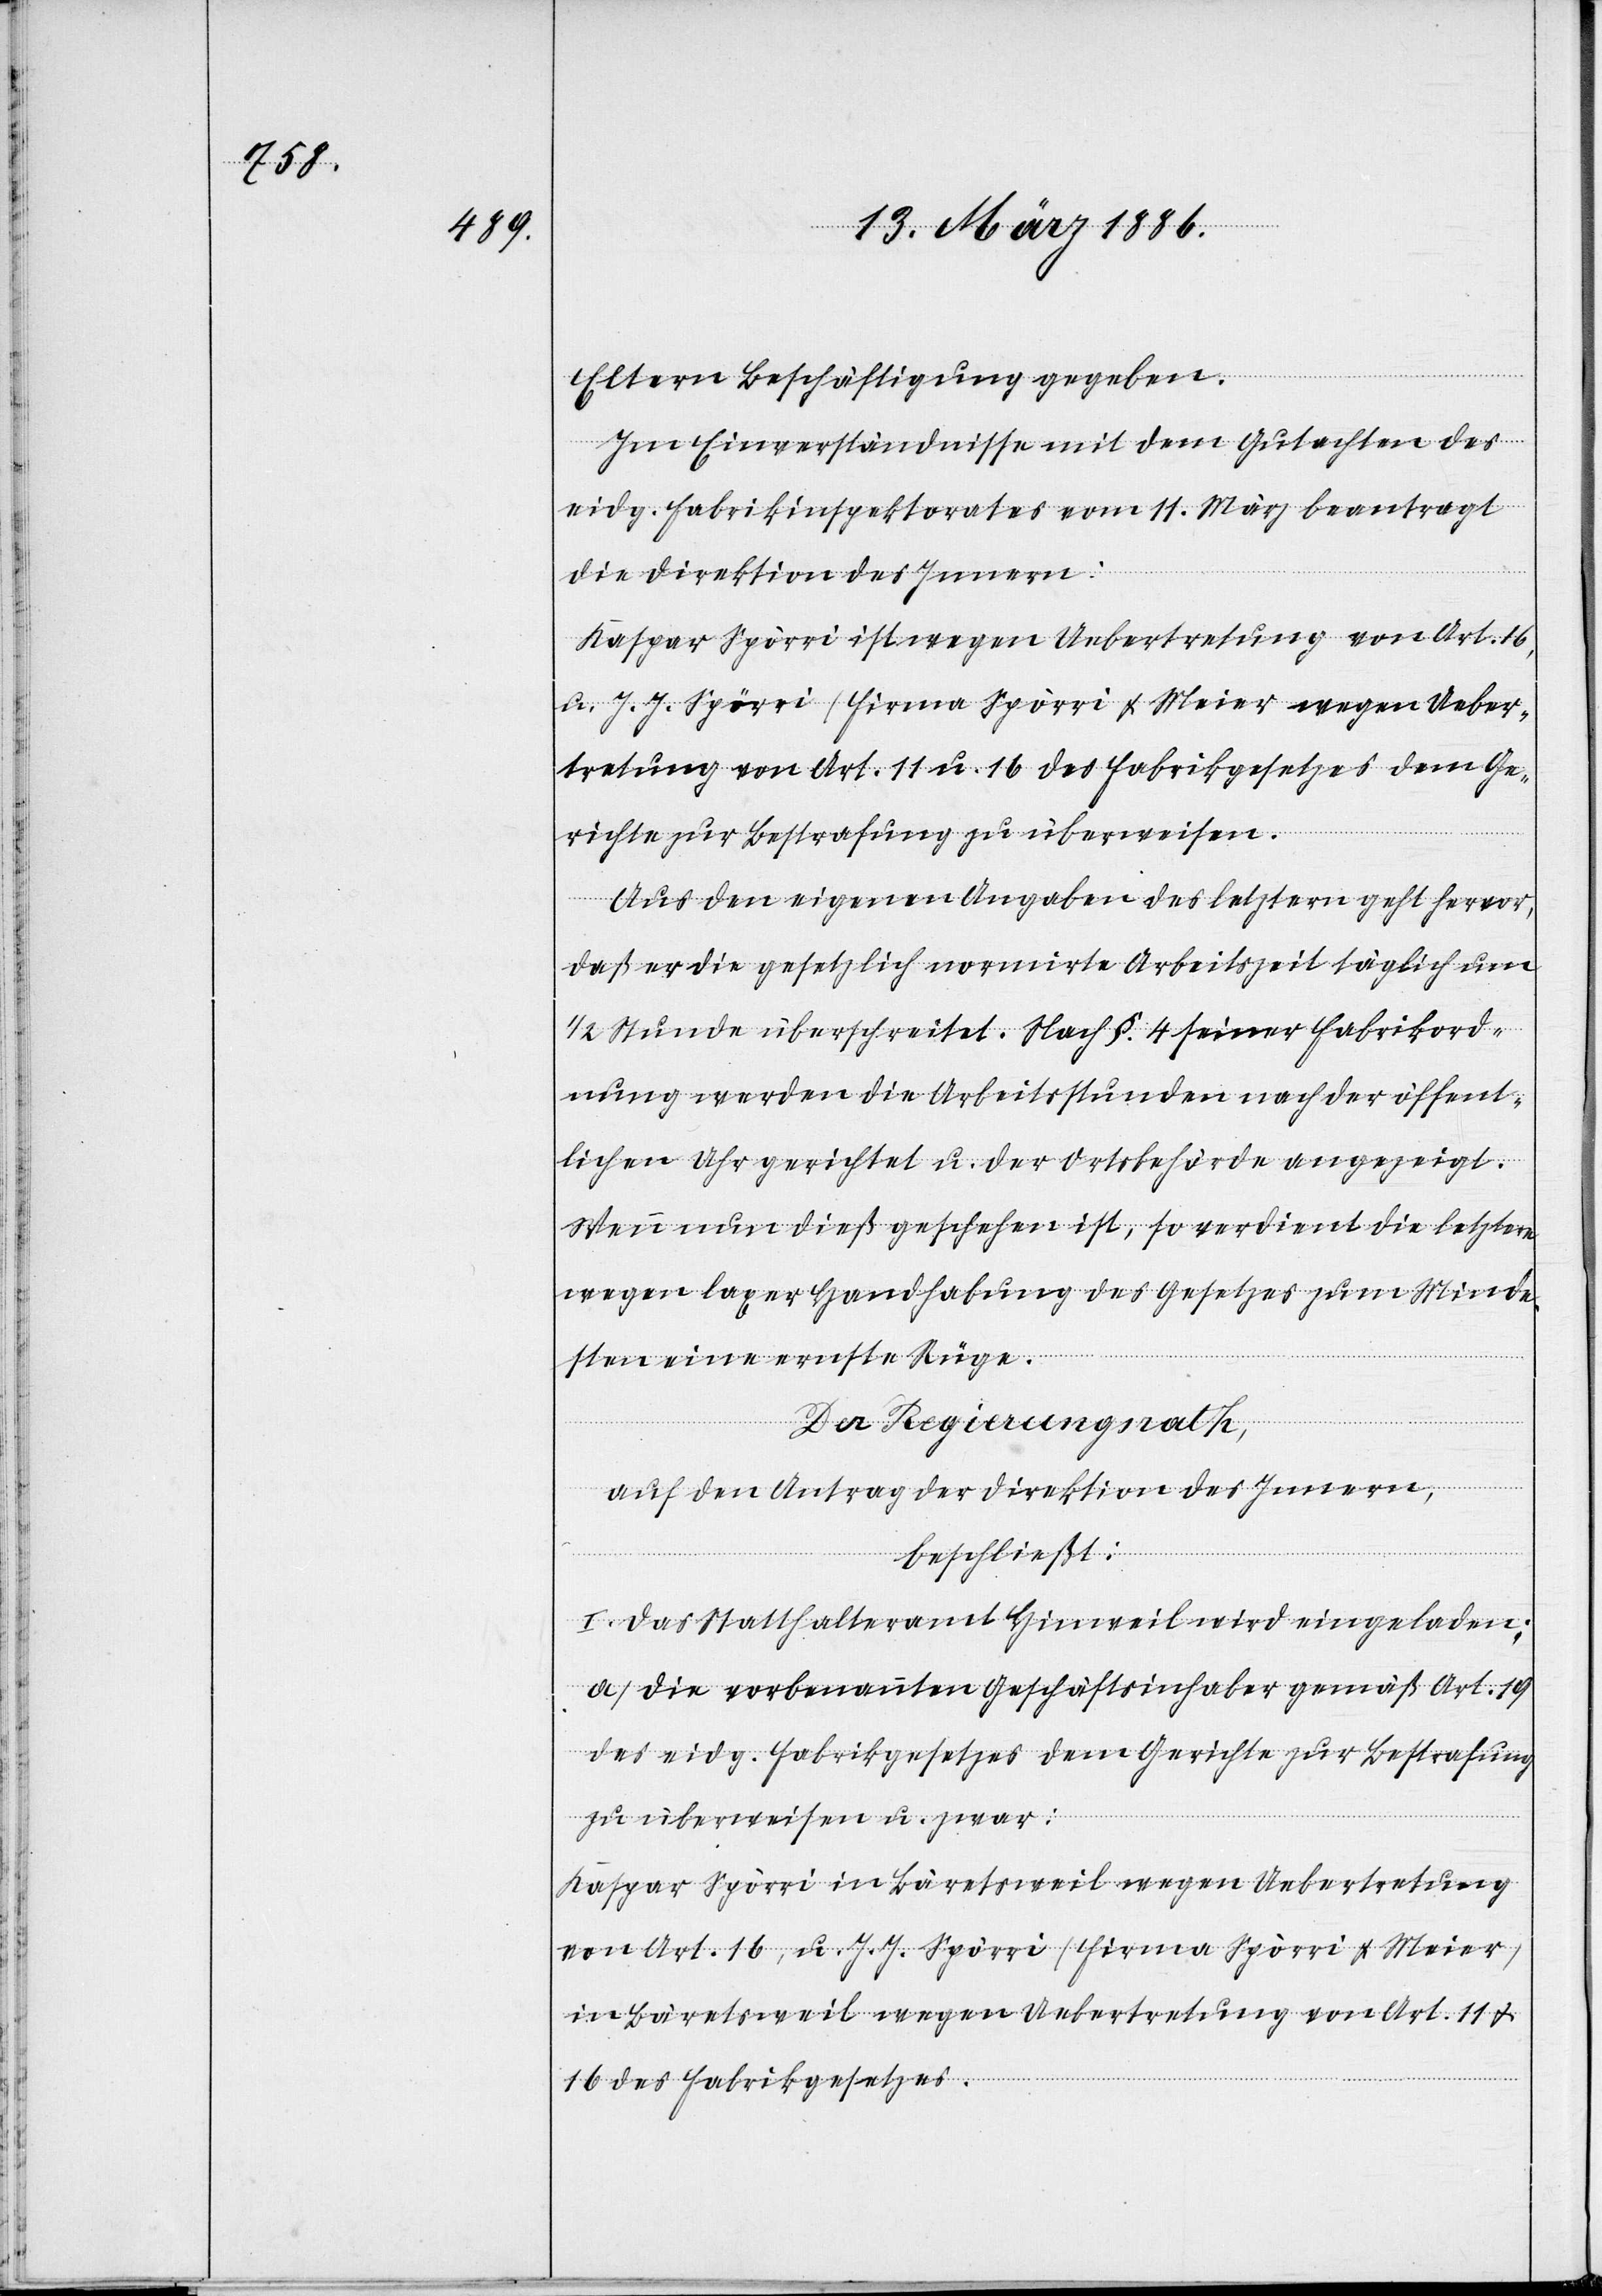
Eltern Beschäftigung gegeben.
Im Einverständnisse mit dem Gutachten des
eidg. Fabrikinspektorates vom 11. März beantragt
die Direktion des Innern:
Kaspar Spörri ist wegen Uebertretung von Art. 16,
u. J. J. Spörri (Firma Spörri & Meier) wegen Ueber¬
tretung von Art. 11 u. 16 des Fabrikgesetzes dem Ge¬
richte zur Bestrafung zu überweisen.
Aus den eigenen Angaben des letztern geht hervor,
daß er die gesetzlich normirte Arbeitszeit täglich um
1/2 Stunde überschreitet. Nach §. 4 seiner Fabrikord¬
nung werden die Arbeitsstunden nach der öffent¬
lichen Uhr gerichtet u. der Ortsbehörde angezeigt.
Wenn nun dieß geschehen ist, so verdient die letztere
wegen laxer Handhabung des Gesetzes zum Minde¬
stens eine ernste Rüge.
Der Regierungsrath,
auf den Antrag der Direktion des Innern,
beschließt:
I. Das Statthalteramt Hinweil wird eingeladen:
a) Die vorbenannten Geschäftsinhaber gemäß Art. 19
des eidg. Fabrikgesetzes dem Gerichte zur Bestrafung
zu überweisen u. zwar:
Kaspar Spörri in Bäretsweil wegen Uebertretung
von Art. 16, u. J. J. Spörri (Firma Spörri & Meier)
in Bäretsweil wegen Uebertretung von Art. 11
16 des Fabrikgesetzes.